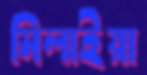
মিলাইয়া